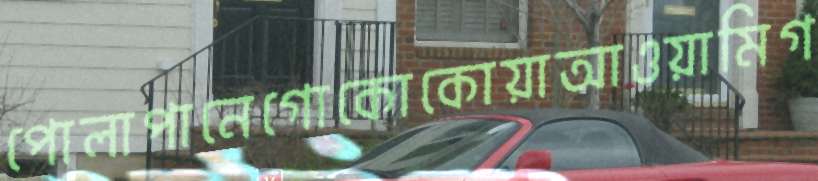
পোলাপানেগোকোকোয়াআওয়ামিগ